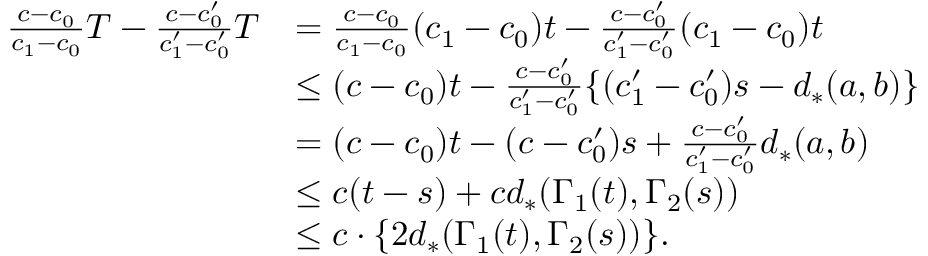
\begin{array} { r l } { \frac { c - c _ { 0 } } { c _ { 1 } - c _ { 0 } } T - \frac { c - c _ { 0 } ^ { \prime } } { c _ { 1 } ^ { \prime } - c _ { 0 } ^ { \prime } } T } & { = \frac { c - c _ { 0 } } { c _ { 1 } - c _ { 0 } } ( c _ { 1 } - c _ { 0 } ) t - \frac { c - c _ { 0 } ^ { \prime } } { c _ { 1 } ^ { \prime } - c _ { 0 } ^ { \prime } } ( c _ { 1 } - c _ { 0 } ) t } \\ & { \leq ( c - c _ { 0 } ) t - \frac { c - c _ { 0 } ^ { \prime } } { c _ { 1 } ^ { \prime } - c _ { 0 } ^ { \prime } } \{ ( c _ { 1 } ^ { \prime } - c _ { 0 } ^ { \prime } ) s - d _ { * } ( a , b ) \} } \\ & { = ( c - c _ { 0 } ) t - ( c - c _ { 0 } ^ { \prime } ) s + \frac { c - c _ { 0 } ^ { \prime } } { c _ { 1 } ^ { \prime } - c _ { 0 } ^ { \prime } } d _ { * } ( a , b ) } \\ & { \leq c ( t - s ) + c d _ { * } ( \Gamma _ { 1 } ( t ) , \Gamma _ { 2 } ( s ) ) } \\ & { \leq c \cdot \{ 2 d _ { * } ( \Gamma _ { 1 } ( t ) , \Gamma _ { 2 } ( s ) ) \} . } \end{array}